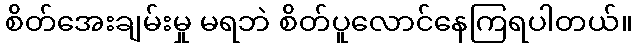
စိတ်အေးချမ်းမှု မရဘဲ စိတ်ပူလောင်နေကြရပါတယ်။